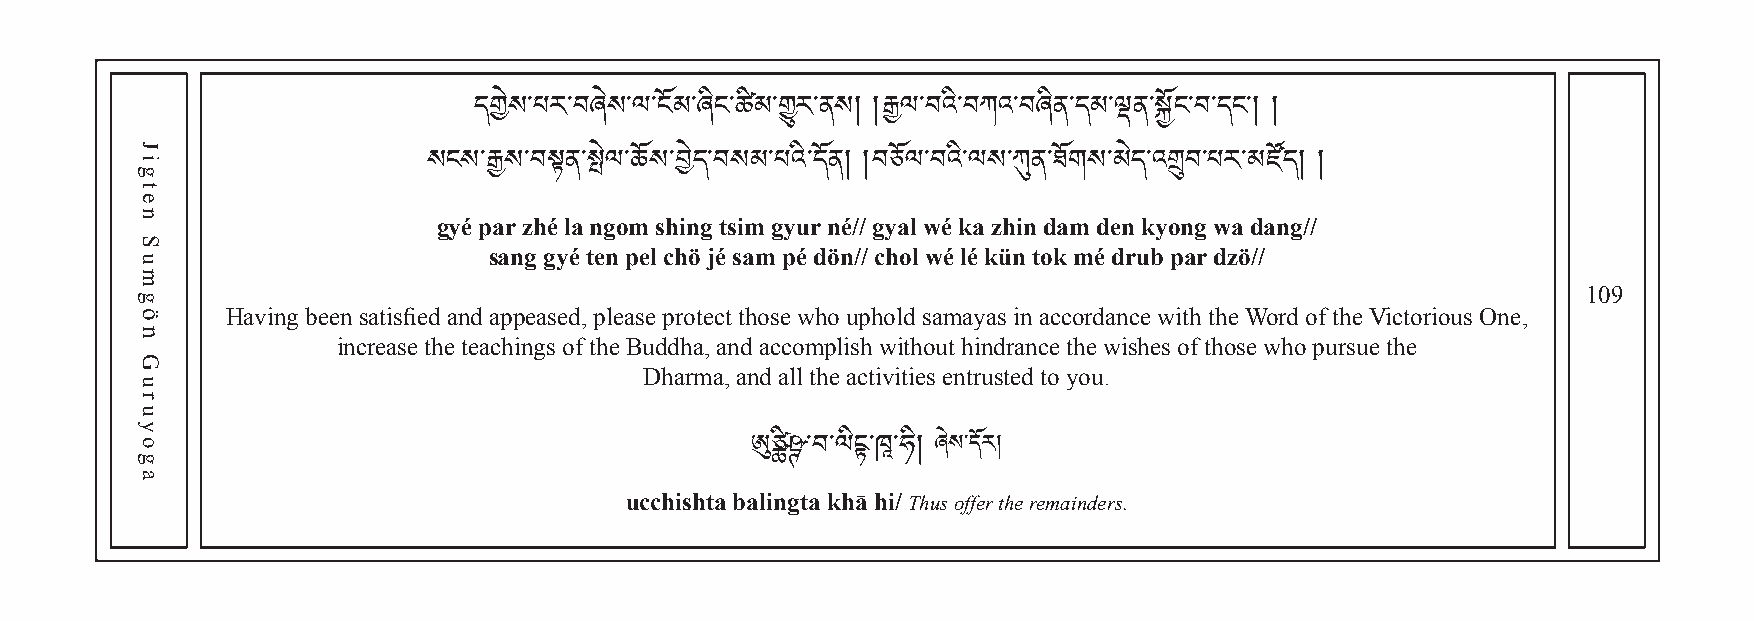
དགེས་པར་བཞེས་ལ་ངོམ་ཞིང་ཚ ིམ ་ གྱུ ར་ནས། །རྒྱལ་བའི་བཀའ་བཞིན་དམ་ལྡན་སྐྱོང་བ་དང༌། །
 སgངyསé p་རྒྱaསr z་བhསྟé lནa་ སngེལo་mཆོས sh་བinེདg་ བtsསimམ ་gཔyའuི་rད nོནé།/ /། བgyཅaོལl w་བéའ kི་ལa སzh་ཀུinན d་ཐaོགmས d་eམnེད k་འyགྲུonབg་ པwརa་ མdaཛnོདg།/ /།
 sang gyé ten pel chö jé sam pé dön// chol wé lé kün tok mé drub par dzö//
 109
 Having been satisfied and appeased, please protect those who uphold samayas in accordance with the Word of the Victorious One,
 increase the teachings of the Buddha, and accomplish without hindrance the wishes of those who pursue the
 Dharma, and all the activities entrusted to you.
 ucchishta ba ཨུli ཙྪng ིཥྚt ་a བ k ་ལh ིངྟā ་h ཁཱi ་/ ཧ Tི།h uཞ sེ ས of་ད feོར r ། the remainders.
 Jigten
 Sumgön
 Guruyoga